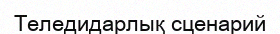
Теледидарлық сценарий